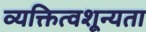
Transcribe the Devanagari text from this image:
व्यक्तित्वशून्यता